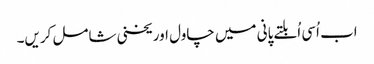
اب اُسی اُبلتے پانی میں چاول اور یخنی شامل کریں۔